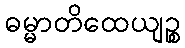
ဓမ္မာတိထေယျဉ္စ